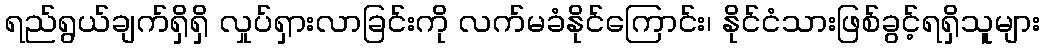
ရည်ရွယ်ချက်ရှိရှိ လှုပ်ရှားလာခြင်းကို လက်မခံနိုင်ကြောင်း၊ နိုင်ငံသားဖြစ်ခွင့်ရရှိသူများ